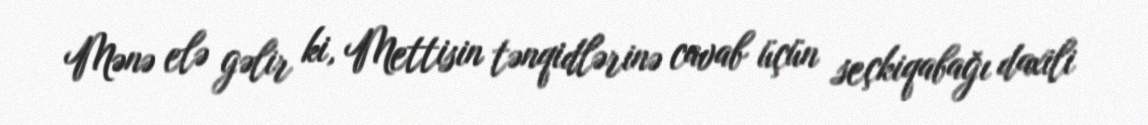
Mənə elə gəlir ki, Mettisin tənqidlərinə cavab üçün seçkiqabağı daxili